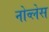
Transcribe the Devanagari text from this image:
नोव्लेस